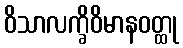
ဝိသာလက္ခိဝိမာနဝတ္ထု